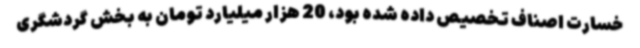
خسارت اصناف تخصیص داده شده بود، 20 هزار میلیارد تومان به بخش گردشگری